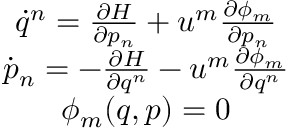
\begin{array} { c } { \dot { q } ^ { n } = \frac { \partial H } { \partial p _ { n } } + u ^ { m } \frac { \partial \phi _ { m } } { \partial p _ { n } } } \\ { \dot { p } _ { n } = - \frac { \partial H } { \partial q ^ { n } } - u ^ { m } \frac { \partial \phi _ { m } } { \partial q ^ { n } } } \\ { \phi _ { m } ( q , p ) = 0 } \end{array}